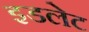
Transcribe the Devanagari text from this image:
इडलेट